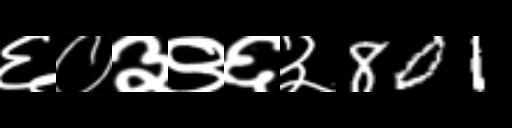
Text: ६०३९६३801